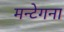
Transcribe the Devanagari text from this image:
मन्टेगना